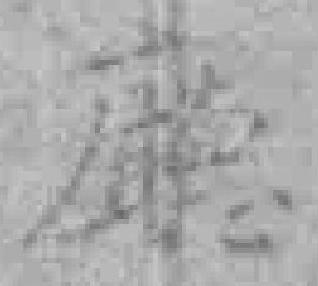
廳